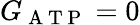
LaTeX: G_{\mathrm{~A~T~P~}}=0